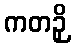
ကတဉှိ